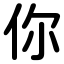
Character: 你